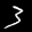
Label: 3